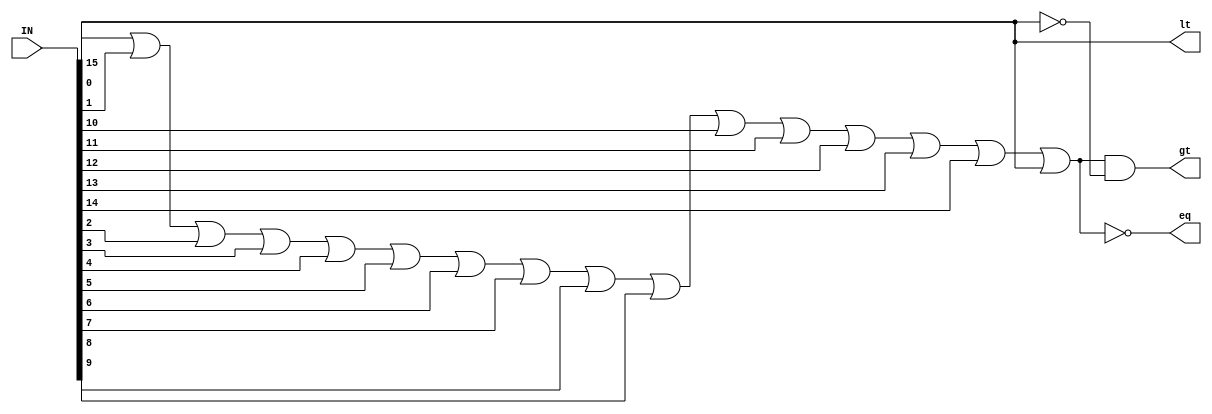
`timescale 1ns / 1ps

//note: IN is a 2's complement subtraction output of A and B
module comparator(IN, lt, gt, eq);

	input [15:0] IN; 
	output lt, gt, eq;

	//equal
	nor nor1(eq, IN[0],IN[1],IN[2],IN[3],IN[4],IN[5],IN[6],IN[7],IN[8],IN[9],IN[10],IN[11],IN[12],IN[13],IN[14],IN[15]);

	//less than 
	not n1 (in_msb_not, IN[15]);
	not n2 (lt, in_msb_not);

	//grather than
	not n3 (noteq, eq);
	and a1 (gt, noteq, in_msb_not);
	
endmodule